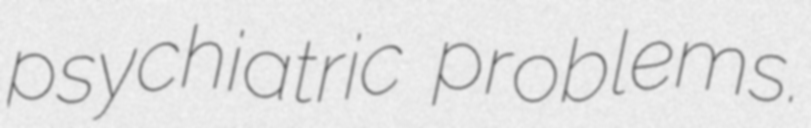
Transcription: psychiatric problems.